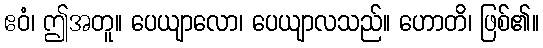
ဧဝံ၊ ဤအတူ။ ပေယျာလော၊ ပေယျာလသည်။ ဟောတိ၊ ဖြစ်၏။